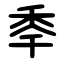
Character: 䄹